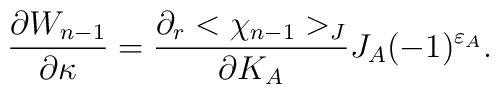
{\partial W_{n-1}\over \partial \kappa}={\partial_r <\chi_{n-1}>_J\over \partial K_A}J_A(-1)^{\varepsilon_A}.